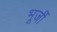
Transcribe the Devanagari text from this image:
भूर्जी